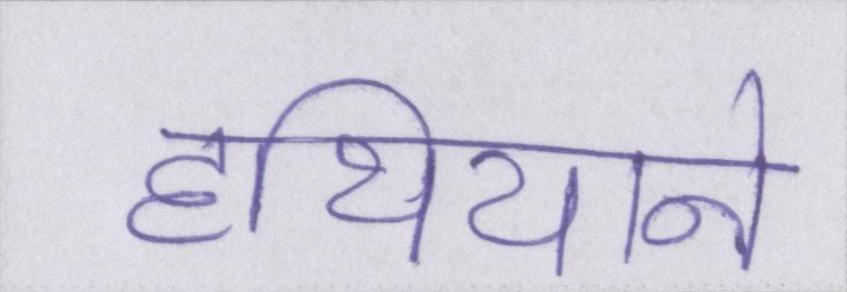
हथियाने